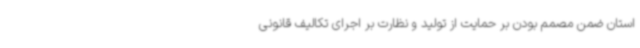
استان ضمن مصمم بودن بر حمایت از تولید و نظارت بر اجرای تکالیف قانونی